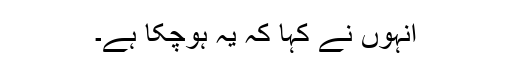
انہوں نے کہا کہ یہ ہوچکا ہے۔